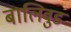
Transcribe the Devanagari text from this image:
बालिवुड